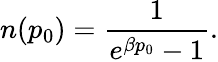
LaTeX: n(p_{0})=\frac{1}{e^{\beta p_{0}}-1}.